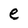
Character: e